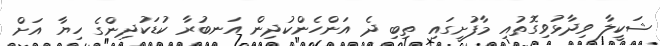
ޝަކީލާ ވިދާޅުވިގޮތުއި މާފުށީގައި ތިބި ދެ އަންހެންކުދިން އަނބުރާ ކުޑަކުދިންގެ ހިޔާ އަށް